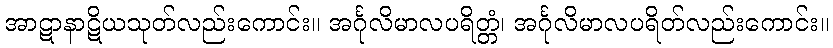
အာဋာနာဋိယသုတ်လည်းကောင်း။ အင်္ဂုလိမာလပရိတ္တံ၊ အင်္ဂုလိမာလပရိတ်လည်းကောင်း။